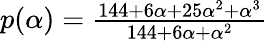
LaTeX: \begin{array}{r}{p(\alpha)=\frac{144+6\alpha+25\alpha^{2}+\alpha^{3}}{144+6\alpha+\alpha^{2}}}\end{array}